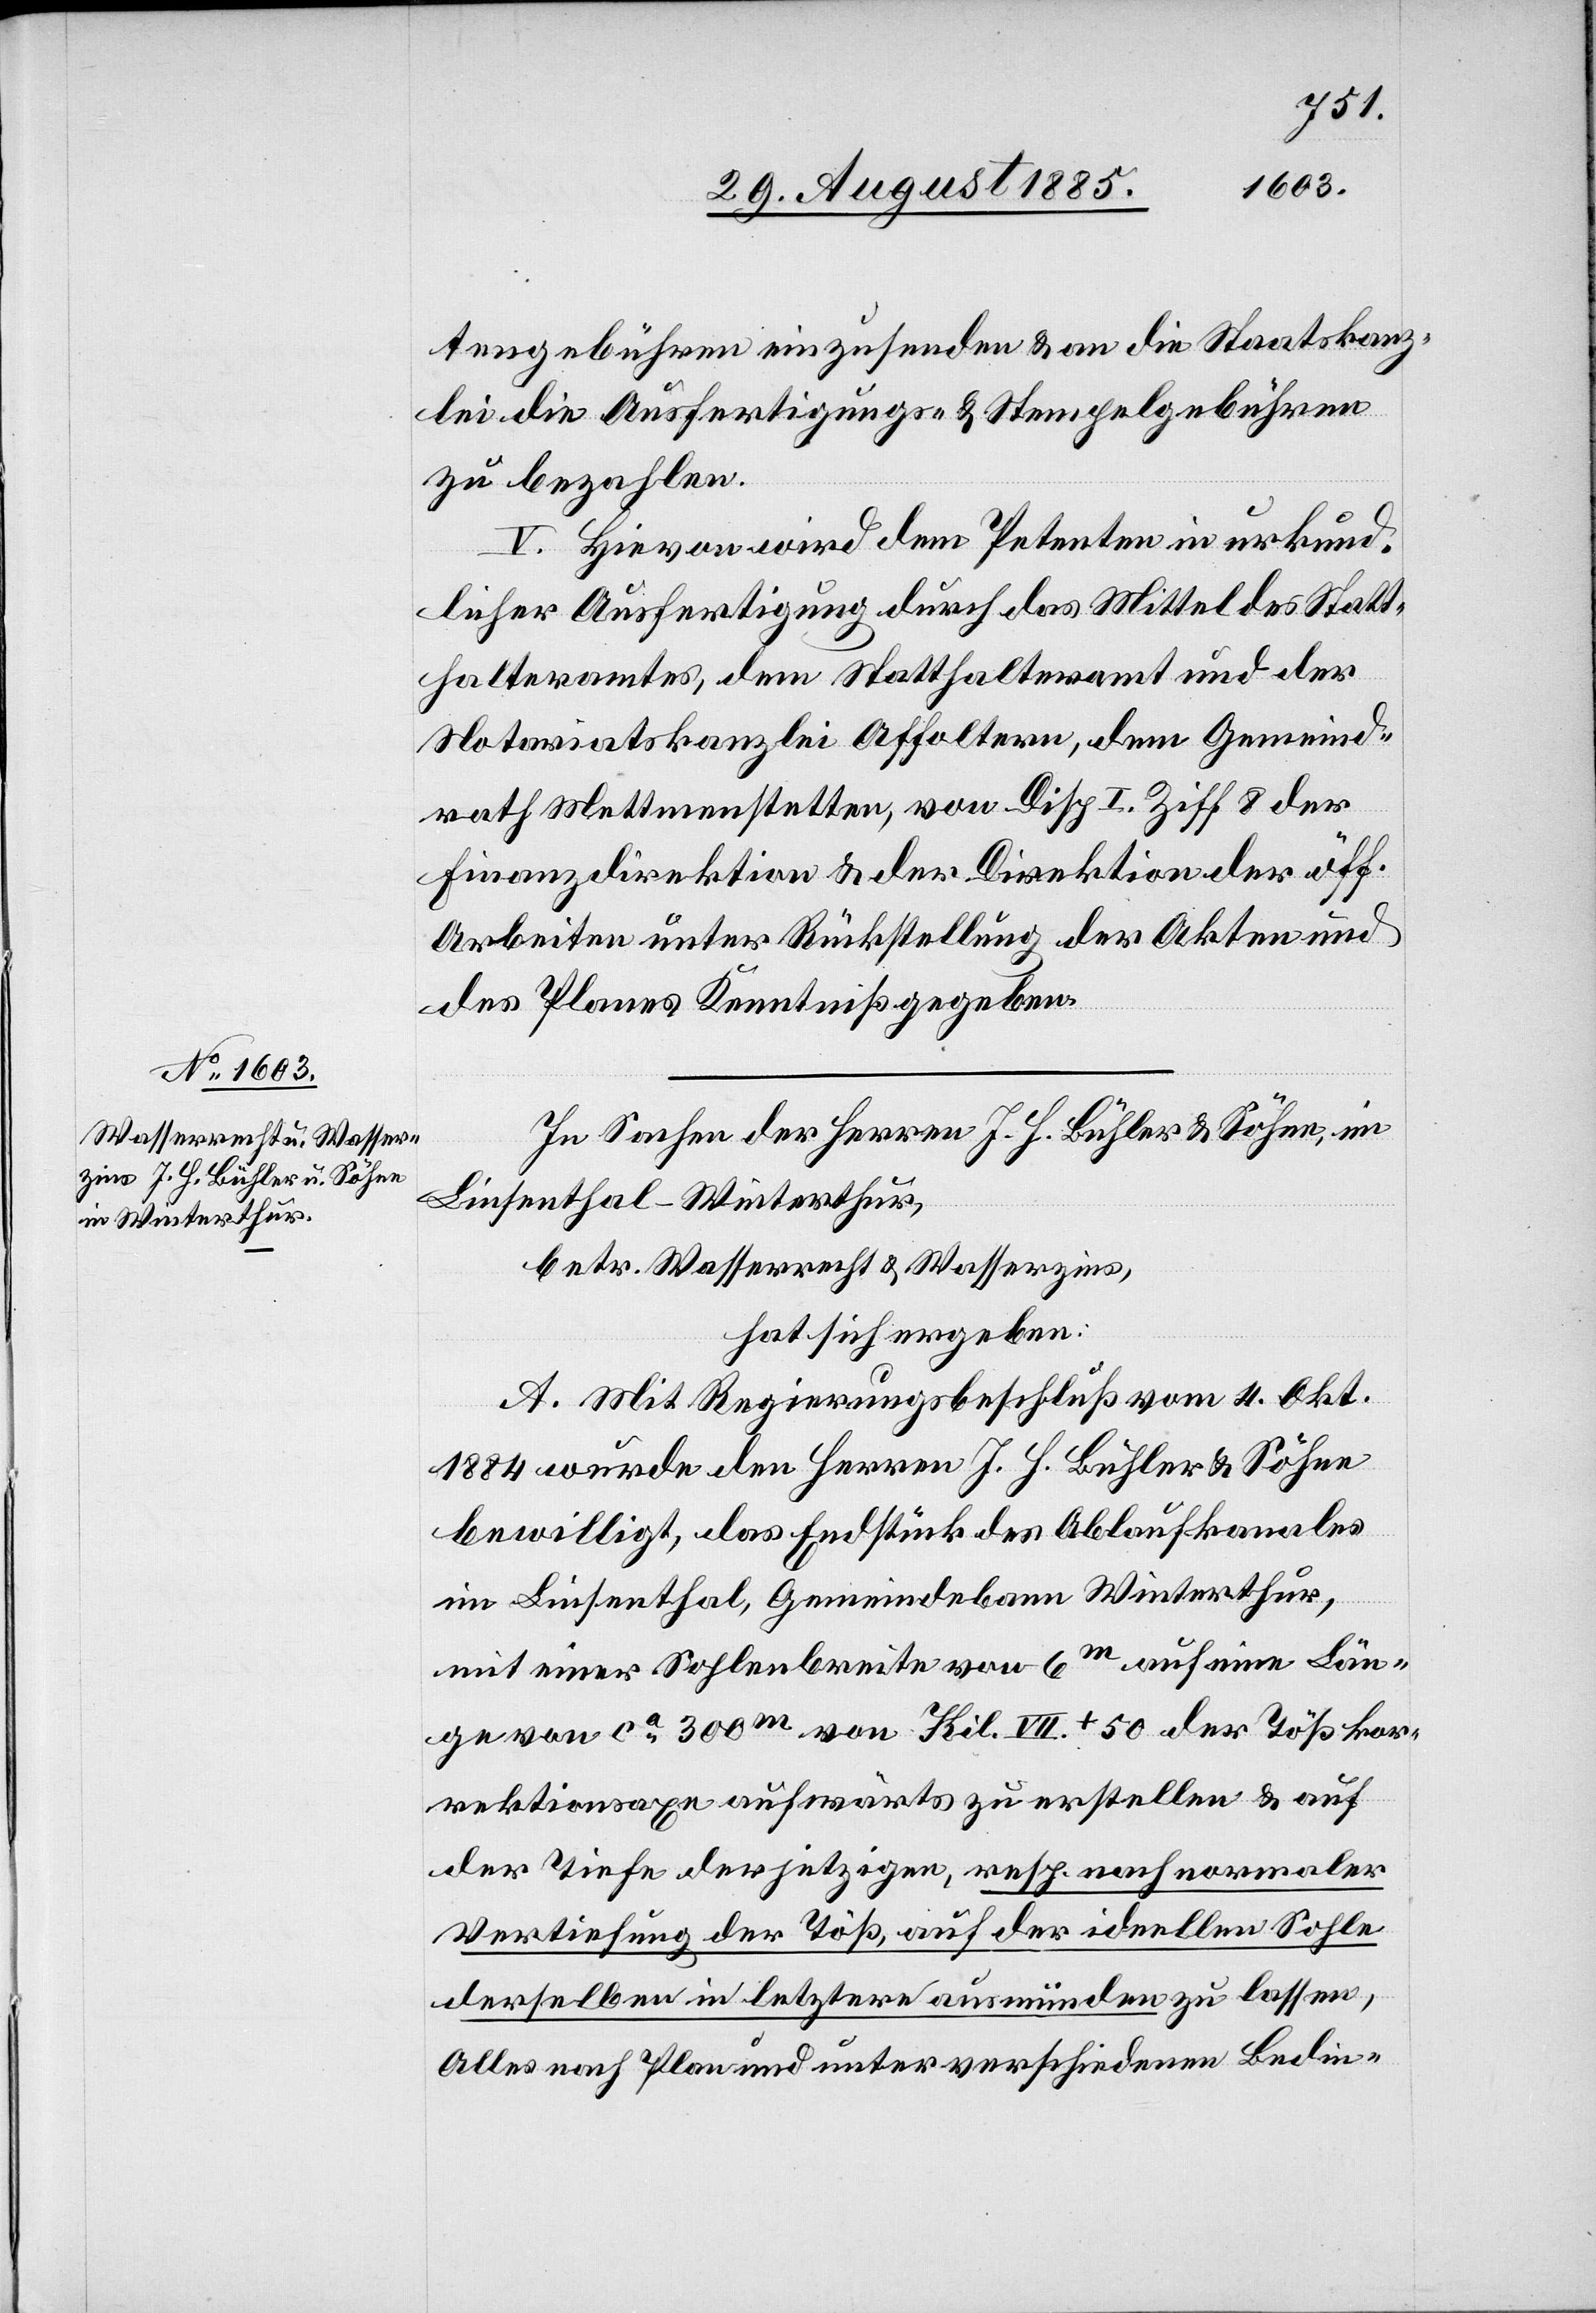
tengebühren einzusenden & an die Staatskanz¬
lei die Ausfertigungs- & Stempelgebühren
zu bezahlen.
V. Hievon wird dem Petenten in urkund¬
licher Ausfertigung durch das Mittel des Statt¬
halteramtes, dem Statthalteramt und der
Notariatskanzlei Affoltern, dem Gemeind¬
rath Mettmenstetten, von Disp. I. Ziff. 8 der
Finanzdirektion & der Direktion der öff.
Arbeiten unter Rückstellung der Akten und
des Planes Kenntniß gegeben.
In Sachen der Herren J. H. Bühler & Söhne, in
Linsenthal - Winterthur,
betr. Wasserrecht & Wasserzins,
hat sich ergeben:
A. Mit Regierungsbeschluß vom 4. Okt.
1884 wurde den Herren J. H. Bühler & Söhne
bewilligt, das Endstück des Ablaufkanales
im Linsenthal, Gemeindebann Winterthur,
mit einer Sohlenbreite von 6m auf eine Län¬
ge von ca 300m von Kil. VII+50 der Tößkor¬
rektionsaxe aufwärts zu erstellen & auf
der Tiefe der jetzigen, resp. nach normaler
Vertiefung der Töß, auf der ideellen Sohle
derselben in letztere ausmünden zu lassen,
Alles nach Plan und unter verschiedenen Bedin-